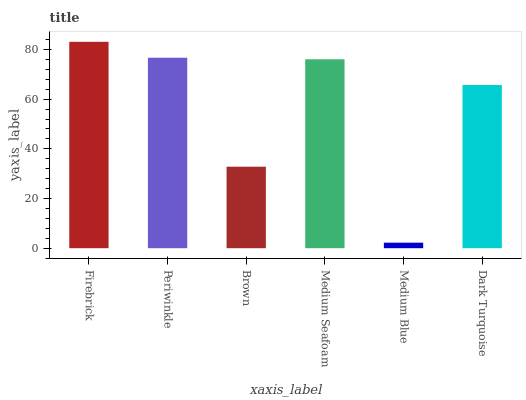
| xaxis_label | bars |
 | --- | --- |
 | Firebrick | 83.1 |
 | Periwinkle | 76.7 |
 | Brown | 32.8 |
 | Medium Seafoam | 76.1 |
 | Medium Blue | 2.23 |
 | Dark Turquoise | 65.7 |